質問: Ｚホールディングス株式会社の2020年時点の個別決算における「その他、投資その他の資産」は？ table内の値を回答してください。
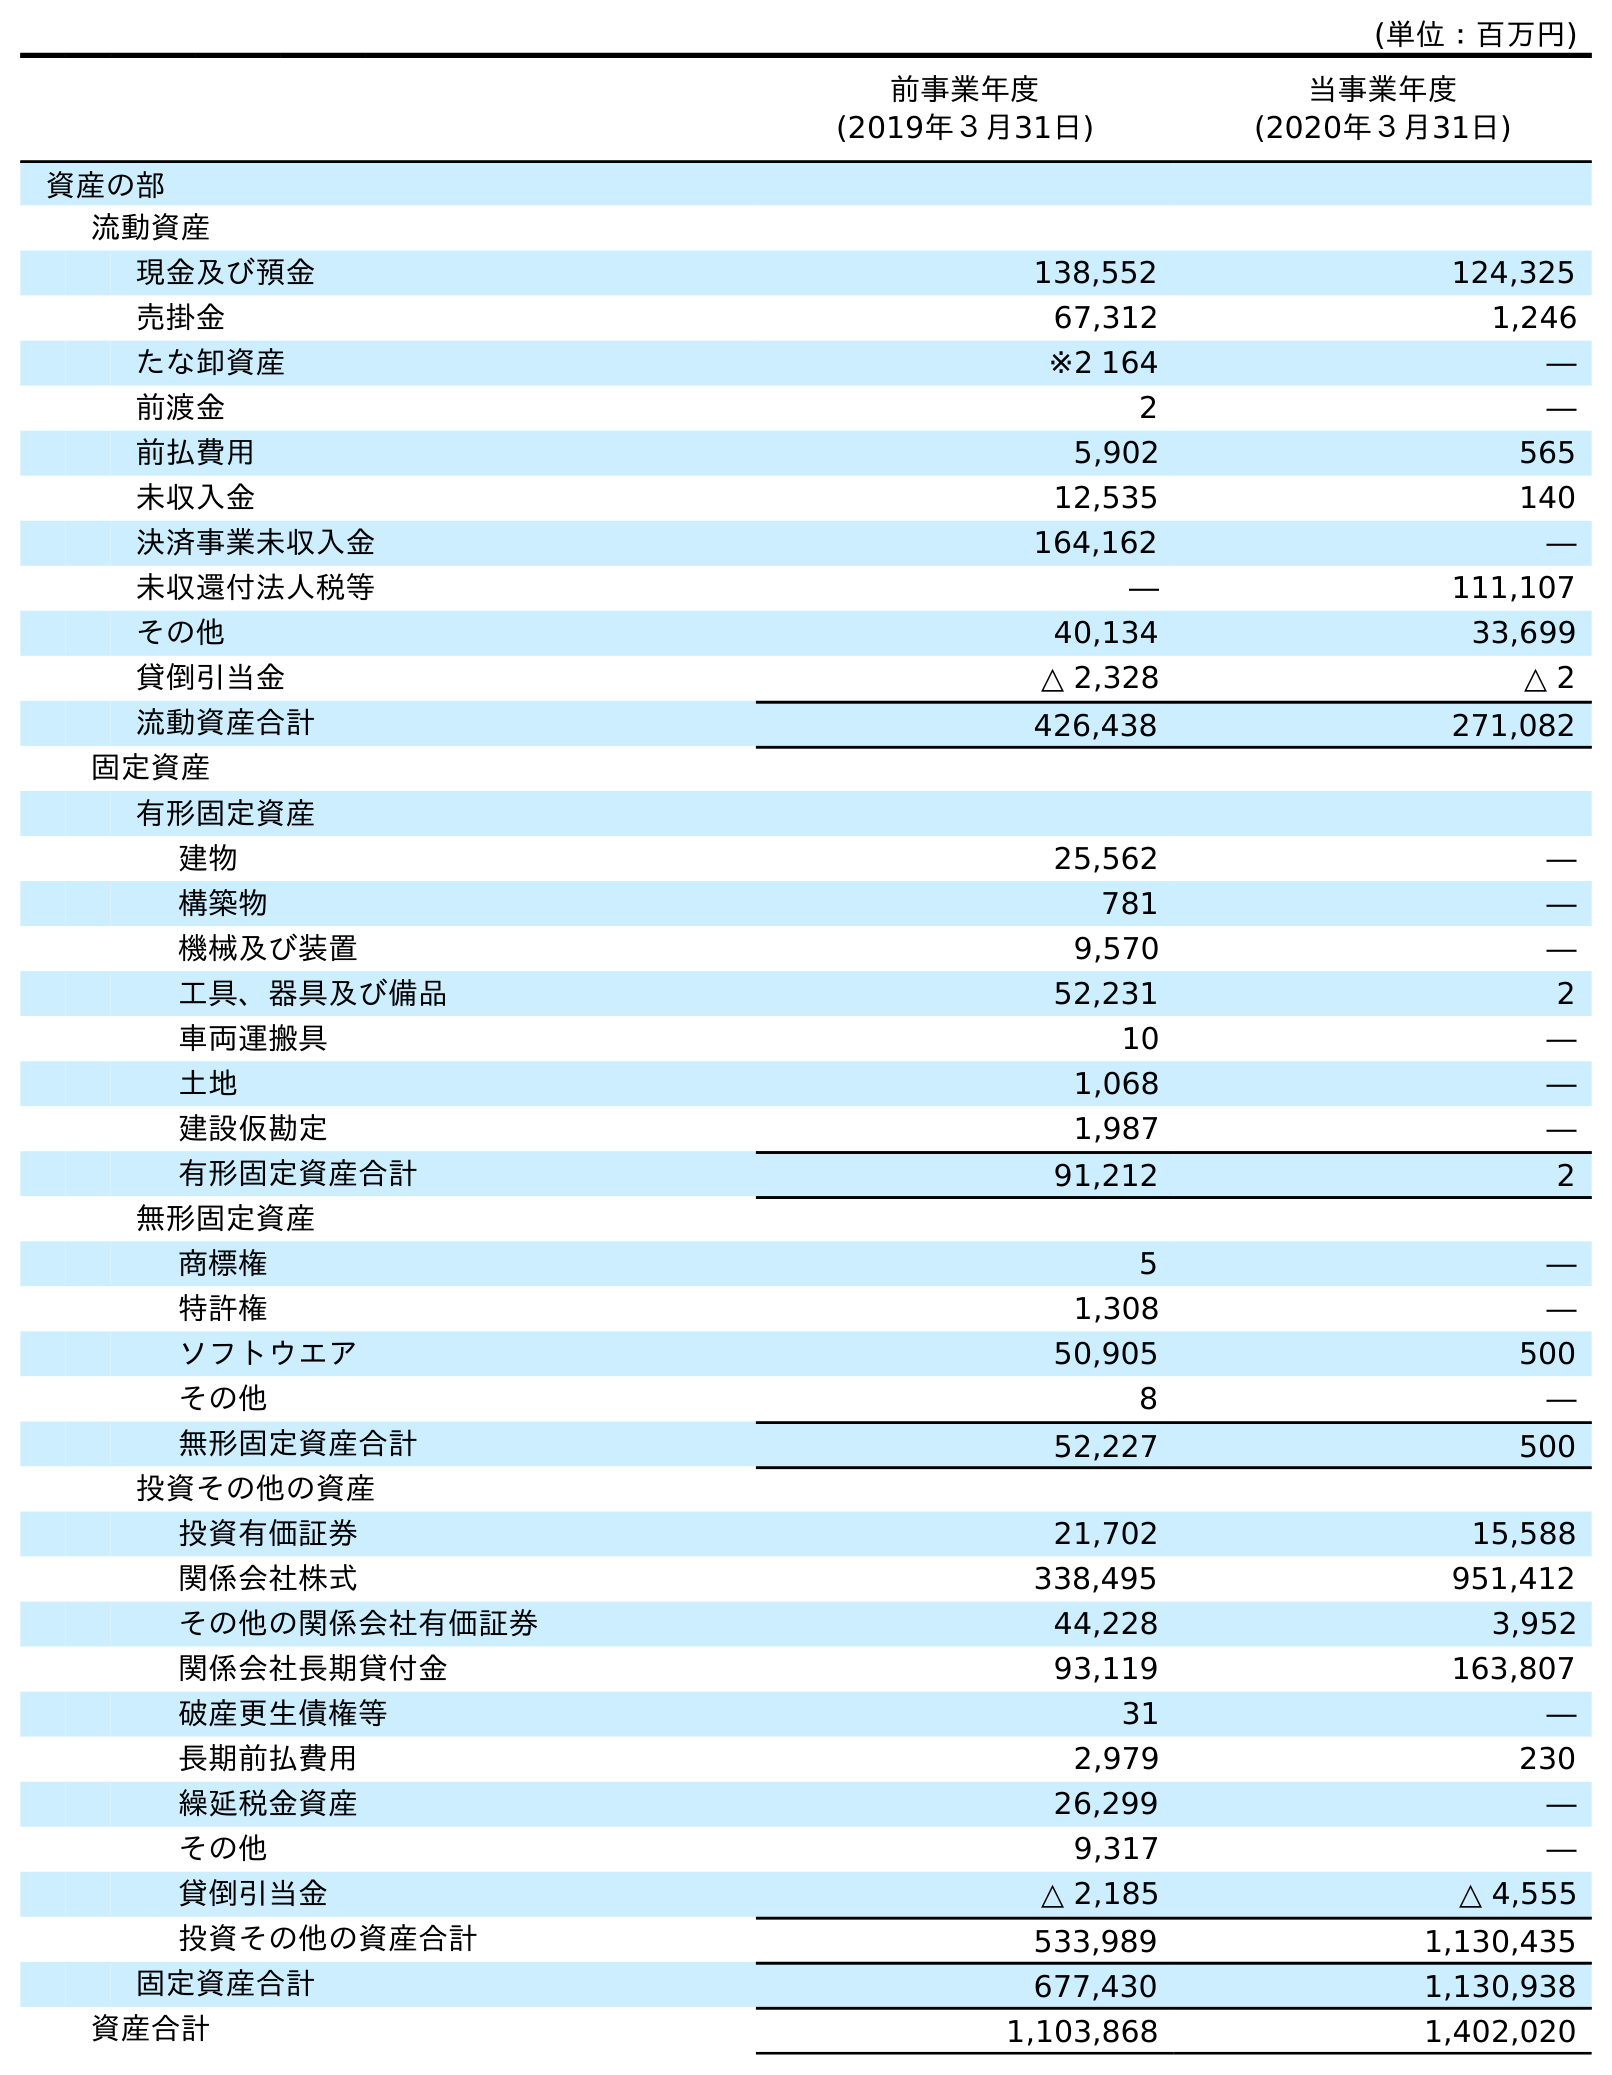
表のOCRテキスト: (単位：百万円) 前事業年度 (2019年３月31日) 当事業年度 (2020年３月31日) 資産の部 流動資産 現金及び預金 138,552 124,325 売掛金 67,312 1,246 たな卸資産 ※2 164 ― 前渡金 2 ― 前払費用 5,902 565 未収入金 12,535 140 決済事業未収入金 164,162 ― 未収還付法人税等 ― 111,107 その他 40,134 33,699 貸倒引当金 △ 2,328 △ 2 流動資産合計 426,438 271,082 固定資産 有形固定資産 建物 25,562 ― 構築物 781 ― 機械及び装置 9,570 ― 工具、器具及び備品 52,231 2 車両運搬具 10 ― 土地 1,068 ― 建設仮勘定 1,987 ― 有形固定資産合計 91,212 2 無形固定資産 商標権 5 ― 特許権 1,308 ― ソフトウエア 50,905 500 その他 8 ― 無形固定資産合計 52,227 500 投資その他の資産 投資有価証券 21,702 15,588 関係会社株式 338,495 951,412 その他の関係会社有価証券 44,228 3,952 関係会社長期貸付金 93,119 163,807 破産更生債権等 31 ― 長期前払費用 2,979 230 繰延税金資産 26,299 ― その他 9,317 ― 貸倒引当金 △ 2,185 △ 4,555 投資その他の資産合計 533,989 1,130,435 固定資産合計 677,430 1,130,938 資産合計 1,103,868 1,402,020
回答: ―